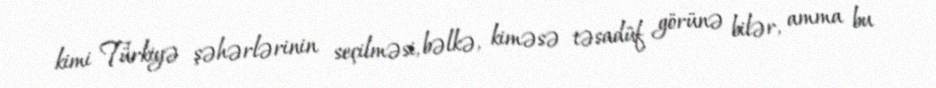
kimi Türkiyə şəhərlərinin seçilməsi, bəlkə, kiməsə təsadüf görünə bilər, amma bu